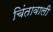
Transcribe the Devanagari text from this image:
चिंतावाली